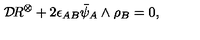
{ \cal D } \! R ^ { \otimes } + 2 \epsilon _ { A B } \bar { \psi } _ { A } \wedge \rho _ { B } = 0 ,